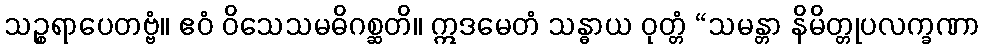
သဉ္စရာပေတဗ္ဗံ။ ဧဝံ ဝိသေသမဓိဂစ္ဆတိ။ ဣဒမေတံ သန္ဓာယ ဝုတ္တံ “သမန္တာ နိမိတ္တုပလက္ခဏာ